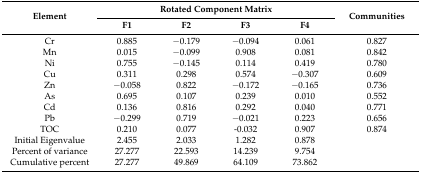
| <ROWSPAN=2> Element | <COLSPAN=4> Rotated Component Matrix | <ROWSPAN=2> Communities |
 | F1 | F2 | F3 | F4 |
 | --- | --- | --- | --- | --- | --- |
 | Cr | 0.885 | −0.179 | −0.094 | 0.061 | 0.827 |
 | Mn | 0.015 | −0.099 | 0.908 | 0.081 | 0.842 |
 | Ni | 0.755 | −0.145 | 0.114 | 0.419 | 0.780 |
 | Cu | 0.311 | 0.298 | 0.574 | −0.307 | 0.609 |
 | Zn | −0.058 | 0.822 | −0.172 | −0.165 | 0.736 |
 | As | 0.695 | 0.107 | 0.239 | 0.010 | 0.552 |
 | Cd | 0.136 | 0.816 | 0.292 | 0.040 | 0.771 |
 | Pb | −0.299 | 0.719 | −0.021 | 0.223 | 0.656 |
 | TOC | 0.210 | 0.077 | -0.032 | 0.907 | 0.874 |
 | Initial Eigenvalue | 2.455 | 2.033 | 1.282 | 0.878 |  |
 | Percent of variance | 27.277 | 22.593 | 14.239 | 9.754 |  |
 | Cumulative percent | 27.277 | 49.869 | 64.109 | 73.862 |  |